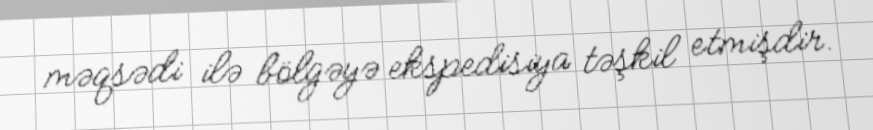
məqsədi ilə bölgəyə ekspedisiya təşkil etmişdir.